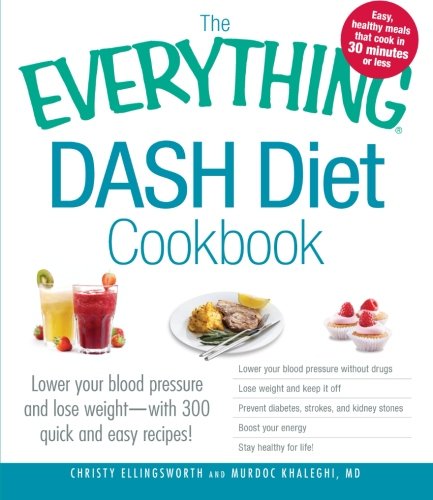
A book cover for The Everything DASH Diet Cookbook: Lower your blood pressure and lose weight - with 300 quick and easy recipes! Lower your blood pressure without ... Boost your energy, and Stay healthy for life!; Christy Ellingsworth; Cookbooks, Food & Wine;